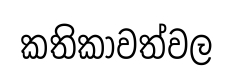
කතිකාවත්වල